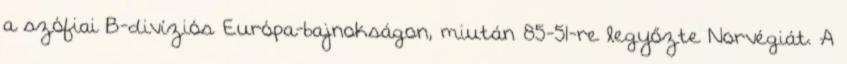
a szófiai B-divíziós Európa-bajnokságon, miután 85-51-re legyőzte Norvégiát. A